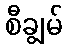
စီချွမ်